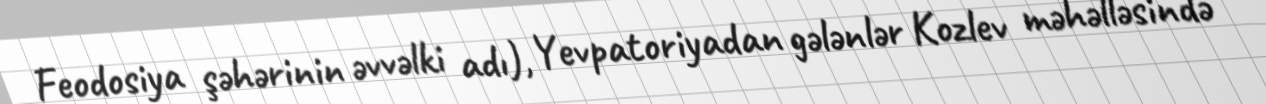
Feodosiya şəhərinin əvvəlki adı), Yevpatoriyadan gələnlər Kozlev məhəlləsində